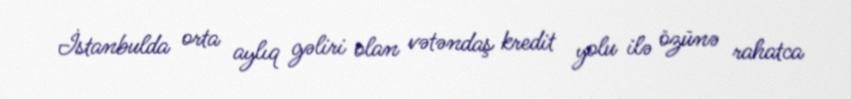
İstanbulda orta aylıq gəliri olan vətəndaş kredit yolu ilə özünə rahatca